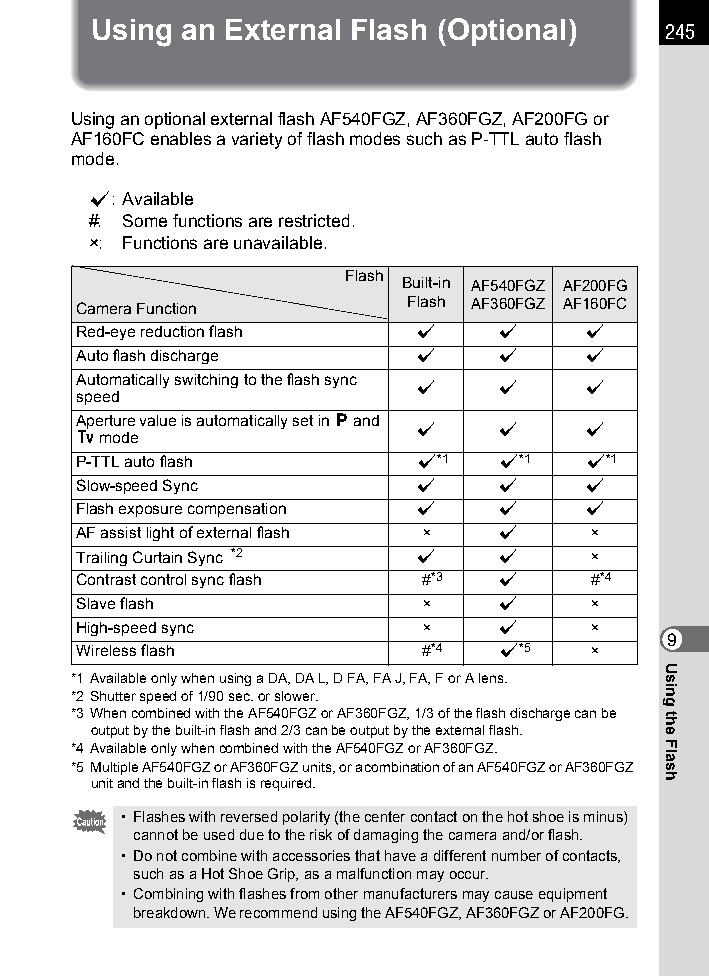
Using an External Flash (Optional)    245
 Using an optional external flash AF540FGZ, AF360FGZ, AF200FG or
 AF160FC enables a variety of flash modes such as P-TTL auto flash
 mode.
 z: Available
 #: Some functions are restricted.
 ×: Functions are unavailable.
 Flash
 Built-in AF540FGZ AF200FG
 Camera Function       Flash AF360FGZ AF160FC
 Red-eye reduction flash z   z     z
 Auto flash discharge  z     z     z
 Automatically switching to the flash sync
 z     z     z
 speed
 Aperture value is automatically set in e and
 z     z     z
 b mode
 P-TTL auto flash      z*1   z*1   z*1
 Slow-speed Sync       z     z     z
 Flash exposure compensation z z   z
 AF assist light of external flash × z ×
 Trailing Curtain Sync *2 z  z     ×
 Contrast control sync flash #*3 z #*4
 Slave flash            ×    z     ×
 High-speed sync        ×    z     ×
 9
 Wireless flash         #*4  z*5   ×
 *1 Available only when using a DA, DA L, D FA, FA J, FA, F or A lens.
 *2 Shutter speed of 1/90 sec. or slower.
 *3 When combined with the AF540FGZ or AF360FGZ, 1/3 of the flash discharge can be
 output by the built-in flash and 2/3 can be output by the external flash.
 *4 Available only when combined with the AF540FGZ or AF360FGZ.
 *5 Multiple AF540FGZ or AF360FGZ units, or a combination of an AF540FGZ or AF360FGZ
 unit and the built-in flash is required.
 • Flashes with reversed polarity (the center contact on the hot shoe is minus)
 cannot be used due to the risk of damaging the camera and/or flash.
 • Do not combine with accessories that have a different number of contacts,
 such as a Hot Shoe Grip, as a malfunction may occur.
 • Combining with flashes from other manufacturers may cause equipment
 breakdown. We recommend using the AF540FGZ, AF360FGZ or AF200FG.
 Using
 the
 Flash